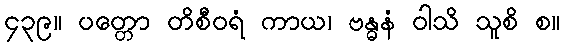
၄၃၉။ ပတ္တော တိစီဝရံ ကာယ၊ ဗန္ဓနံ ဝါသိ သူစိ စ။